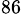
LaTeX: ^\mathrm{86}